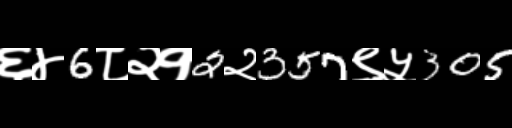
Text: ६४6८२१2२357९५305